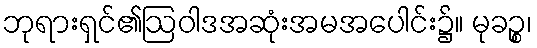
ဘုရားရှင်၏ဩဝါဒအဆုံးအမအပေါင်း၌။ မုခဉ္စ၊